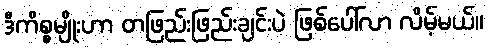
ဒီကိစ္စမျိုးဟာ တဖြည်းဖြည်းချင်းပဲ ဖြစ်ပေါ်လာ လိမ့်မယ်။